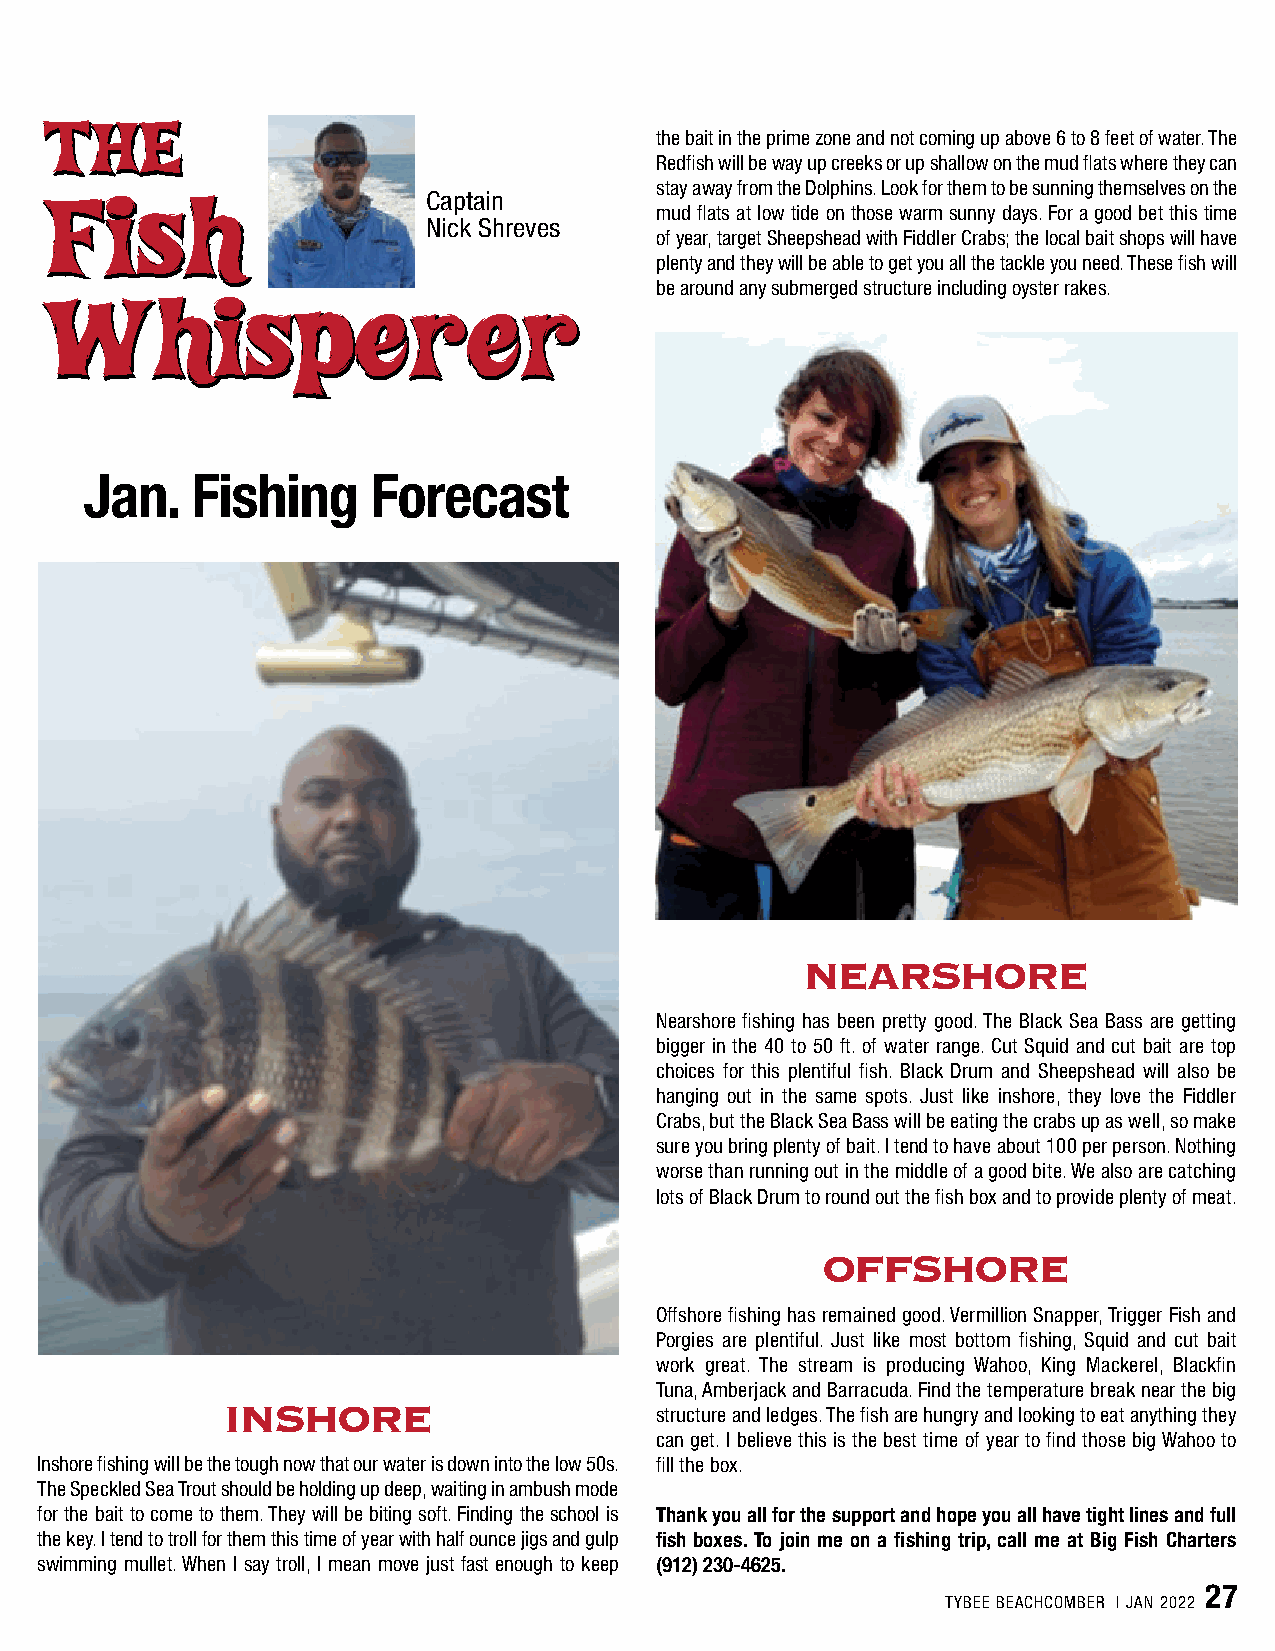
TTHHEE
 the bait in the prime zone and not coming up above 6 to 8 feet of water. The
 Redfish will be way up creeks or up shallow on the mud flats where they can
 stay away from the Dolphins. Look for them to be sunning themselves on the
 Captain
 FFiisshh                                mud flats at low tide on those warm sunny days. For a good bet this time
 Nick Shreves
 of year, target Sheepshead with Fiddler Crabs; the local bait shops will have
 plenty and they will be able to get you all the tackle you need. These fish will
 be around any submerged structure including oyster rakes.
 WWhhiissppeerreerr
 Jan.   Fishing     Forecast
 NEARSHORE
 Nearshore fishing has been pretty good. The Black Sea Bass are getting
 bigger in the 40 to 50 ft. of water range. Cut Squid and cut bait are top
 choices for this plentiful fish. Black Drum and Sheepshead will also be
 hanging out in the same spots. Just like inshore, they love the Fiddler
 Crabs, but the Black Sea Bass will be eating the crabs up as well, so make
 sure you bring plenty of bait. I tend to have about 100 per person. Nothing
 worse than running out in the middle of a good bite. We also are catching
 lots of Black Drum to round out the fish box and to provide plenty of meat.
 OFFSHORE
 Offshore fishing has remained good. Vermillion Snapper, Trigger Fish and
 Porgies are plentiful. Just like most bottom fishing, Squid and cut bait
 work great. The stream is producing Wahoo, King Mackerel, Blackfin
 Tuna, Amberjack and Barracuda. Find the temperature break near the big
 INSHORE
 structure and ledges. The fish are hungry and looking to eat anything they
 can get. I believe this is the best time of year to find those big Wahoo to
 Inshore fishing will be the tough now that our water is down into the low 50s. fill the box.
 The Speckled Sea Trout should be holding up deep, waiting in ambush mode
 for the bait to come to them. They will be biting soft. Finding the school is Thank you all for the support and hope you all have tight lines and full
 the key. I tend to troll for them this time of year with half ounce jigs and gulp fish boxes. To join me on a fishing trip, call me at Big Fish Charters
 swimming mullet. When I say troll, I mean move just fast enough to keep (912) 230-4625.
 27
 TYBEE BEACHCOMBER | JAN 2022